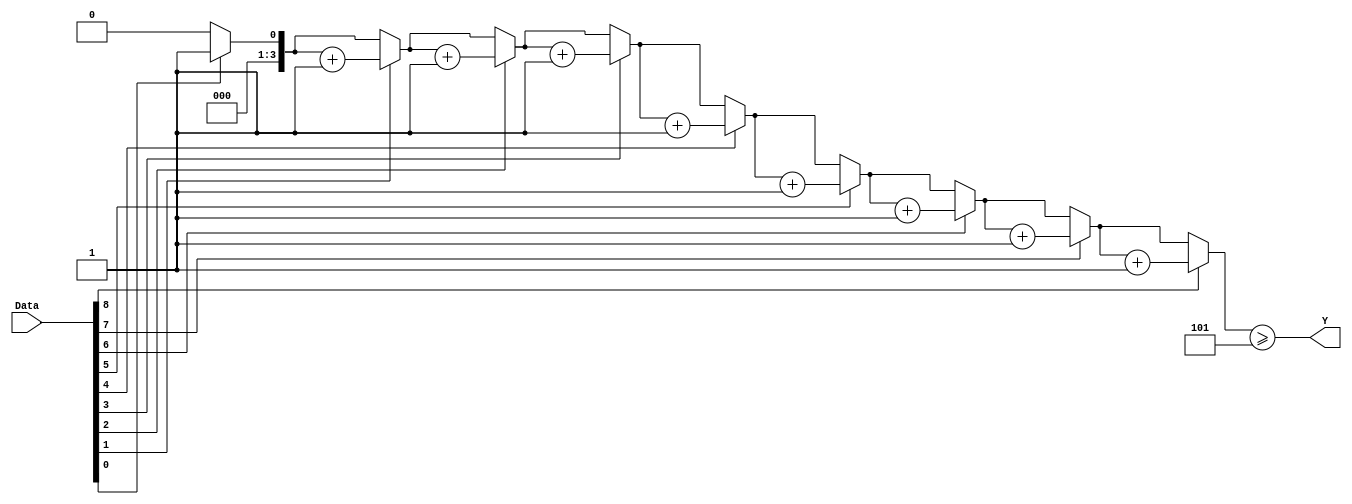
module majority_func(Y, Data);
	parameter size = 9;
	parameter majority = 5;
	input [size-1:0] Data;
	output Y;
	reg Y;
	reg [3:0] count;
	integer k;
	
	function [3:0]count_num;
		input [size-1:0] data;
		
		begin
			count_num = 0;
			for (k = 0; k < size; k = k + 1) begin
				if(data[k] == 1) count_num = count_num + 1;
			end
		end
	endfunction
	
	always @(Data) begin
		Y = (count_num(Data) >= majority);
	end
endmodule